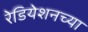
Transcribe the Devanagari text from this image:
रेडियेशनच्या